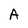
Character: A